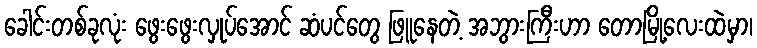
ခေါင်းတစ်ခုလုံး ဖွေးဖွေးလှုပ်အောင် ဆံပင်တွေ ဖြူနေတဲ့ အဘွားကြီးဟာ တောမြို့လေးထဲမှာ၊